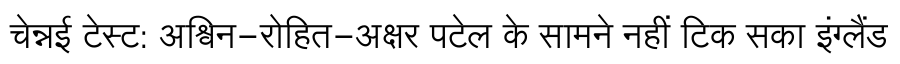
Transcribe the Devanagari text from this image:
चेन्नई टेस्ट: अश्विन-रोहित-अक्षर पटेल के सामने नहीं टिक सका इंग्लैंड